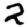
Digit: 2